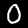
Label: 0